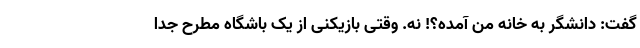
گفت: دانشگر به خانه من آمده؟! نه. وقتی بازیکنی از یک باشگاه مطرح جدا